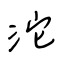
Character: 沱